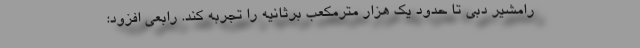
رامشیر دبی تا حدود یک هزار مترمکعب برثانیه را تجربه کند. رابعی افزود: